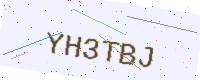
Text: YH3TBJ